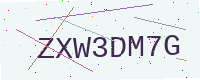
Text: ZXW3DM7G